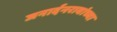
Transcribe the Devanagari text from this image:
जनार्दनरावांच्या